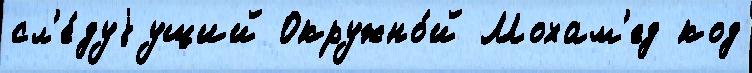
сл'е́дуjущий Окружно́й Мохам'ед код